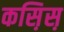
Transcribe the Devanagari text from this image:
कस़िस़